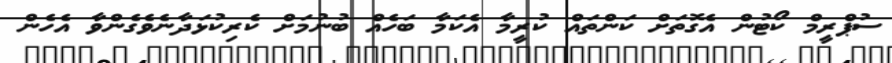
ސުޕްރީމް ކޯޓުން އެގޮތަށް ކަންތައް ކުރީމާ އެކަމާ ބަހެއް ބުނުމަށް ކެރިކުޅަދާނެވެގެންވާ އެހެން